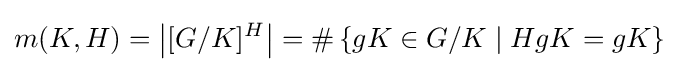
m(K,H)=\left|[G/K]^{H}\right|=\#\left\{gK\in G/K\mid HgK=gK\right\}